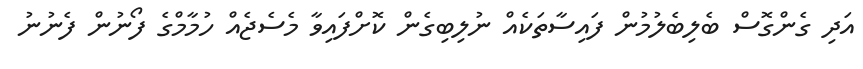
އަދި ގެންގޮސް ބެލިބެލުމުން ފައިސާތަކެއް ނުލިބިގެން ކޮށްފައިވާ މެސެޖެއް ހުމާމްގެ ފޯނުން ފެނުނު